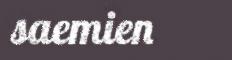
saemien